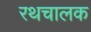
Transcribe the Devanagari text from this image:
रथचालक